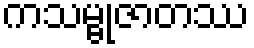
ကသမ္ဗုဇာတဿ